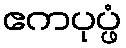
ဧကပုပ္ဖံ